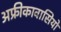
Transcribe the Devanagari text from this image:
अफ्रीकावासियों